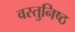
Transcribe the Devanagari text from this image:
वस्‍तुनिष्‍ठ